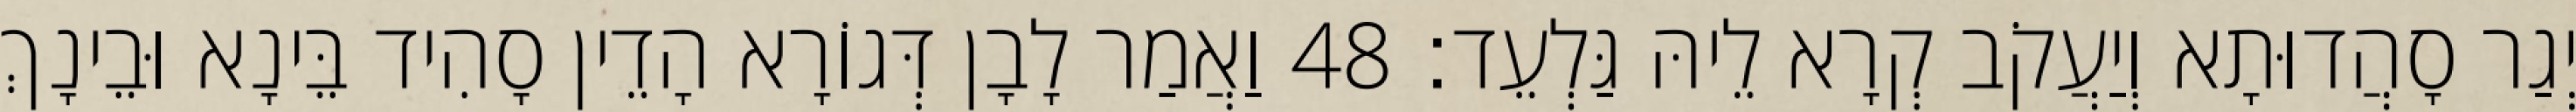
יְגַר סָהֲדוּתָא וְיַעֲקֹב קְרָא לֵיהּ גַּלְעֵד׃ 48 וַאֲמַר לָבָן דְּגוֹרָא הָדֵין סָהִיד בֵּינָא וּבֵינָךְ